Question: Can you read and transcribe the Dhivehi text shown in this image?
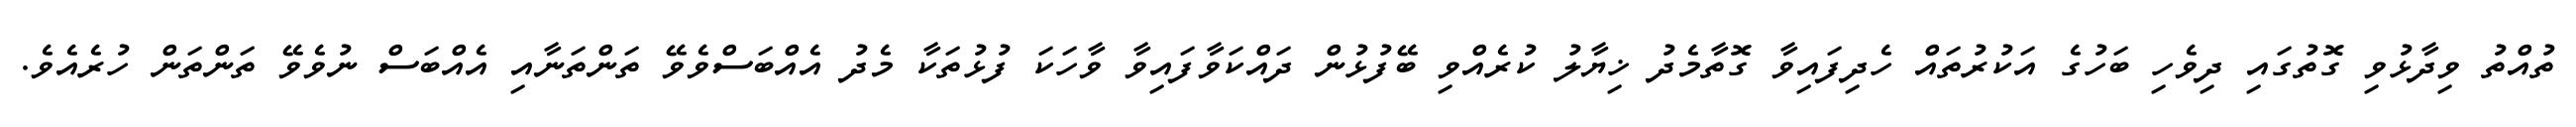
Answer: ތުއްތު ވިދާޅުވި ގޮތުގައި ދިވެހި ބަހުގެ އަކުރުތައް ހެދިފައިވާ ގޮތާމެދު ޚިޔާލު ކުރެއްވި ބޭފުޅުން ދައްކަވާފައިވާ ވާހަކަ ފުޅުތަކާ މެދު އެއްބަސްވެވޭ ތަންތަނާއި އެއްބަސް ނުވެވޭ ތަންތަން ހުރެއެވެ.